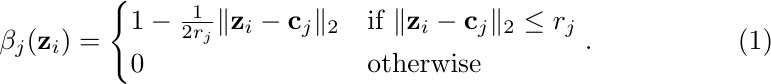
\begin{equation}
\label{eq:coeffun}
\beta_j(\mathbf{z}_i)=
\begin{cases}
1-\frac{1}{2r_j}\|\mathbf{z}_i-\mathbf{c}_j\|_2 & \text{if }\|\mathbf{z}_i-\mathbf{c}_j\|_2\leq r_j \\
0 & \text{otherwise}
\end{cases}.
\end{equation}